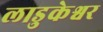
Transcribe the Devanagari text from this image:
लाडुकेश्वर